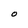
Character: O